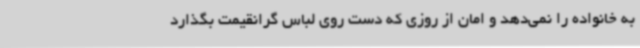
به خانواده را نمی‌دهد و امان از روزی که دست روی لباس گرانقیمت بگذارد